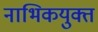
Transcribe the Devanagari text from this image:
नाभिकयुक्त